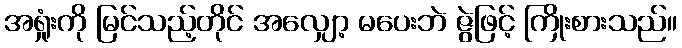
အရှုံးကို မြင်သည့်တိုင် အလျှော့ မပေးဘဲ ဇွဲဖြင့် ကြိုးစားသည်။